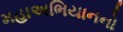
મહાઅભિયાનનો